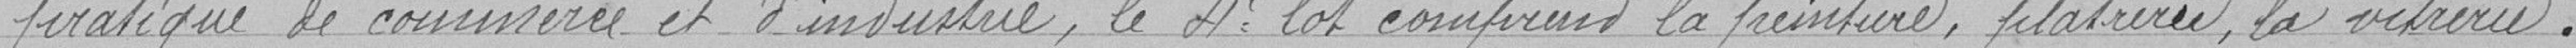
pratique de commerce et d'industrie, le 4ème lot comprend la peinture, plâtrerie, la vitrerie.